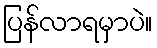
ပြန်လာရမှာပဲ။